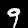
Label: 9